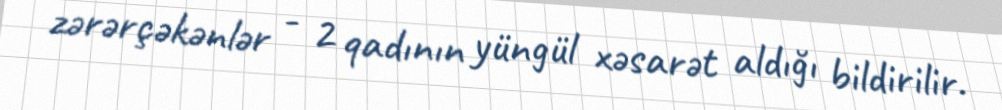
zərərçəkənlər - 2 qadının yüngül xəsarət aldığı bildirilir.